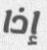
إذا